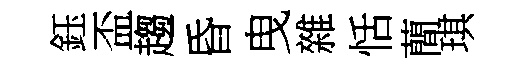
鈺盃趨昏曳雜恬蕳琪